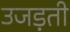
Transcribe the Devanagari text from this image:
उजड़ती